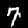
Digit: 7